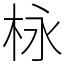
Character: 栐